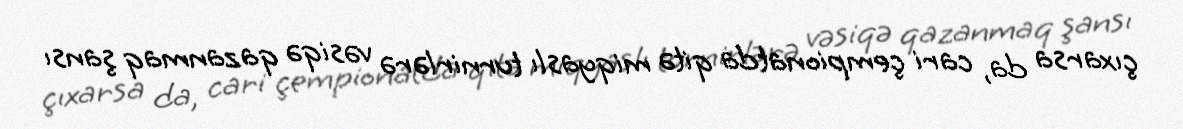
çıxarsa da, cari çempionatda qitə miqyaslı turnirlərə vəsiqə qazanmaq şansı